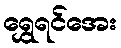
ရွှေရင်အေး